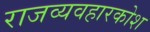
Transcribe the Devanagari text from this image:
राजव्यवहारकोश